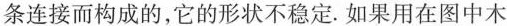
条连接而构成的，它的形状不稳定.如果用在图中木